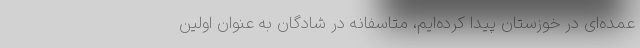
عمده‌ای در خوزستان پیدا کرده‌ایم، متاسفانه در شادگان به عنوان اولین